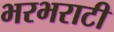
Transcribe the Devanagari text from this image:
भरभराटी